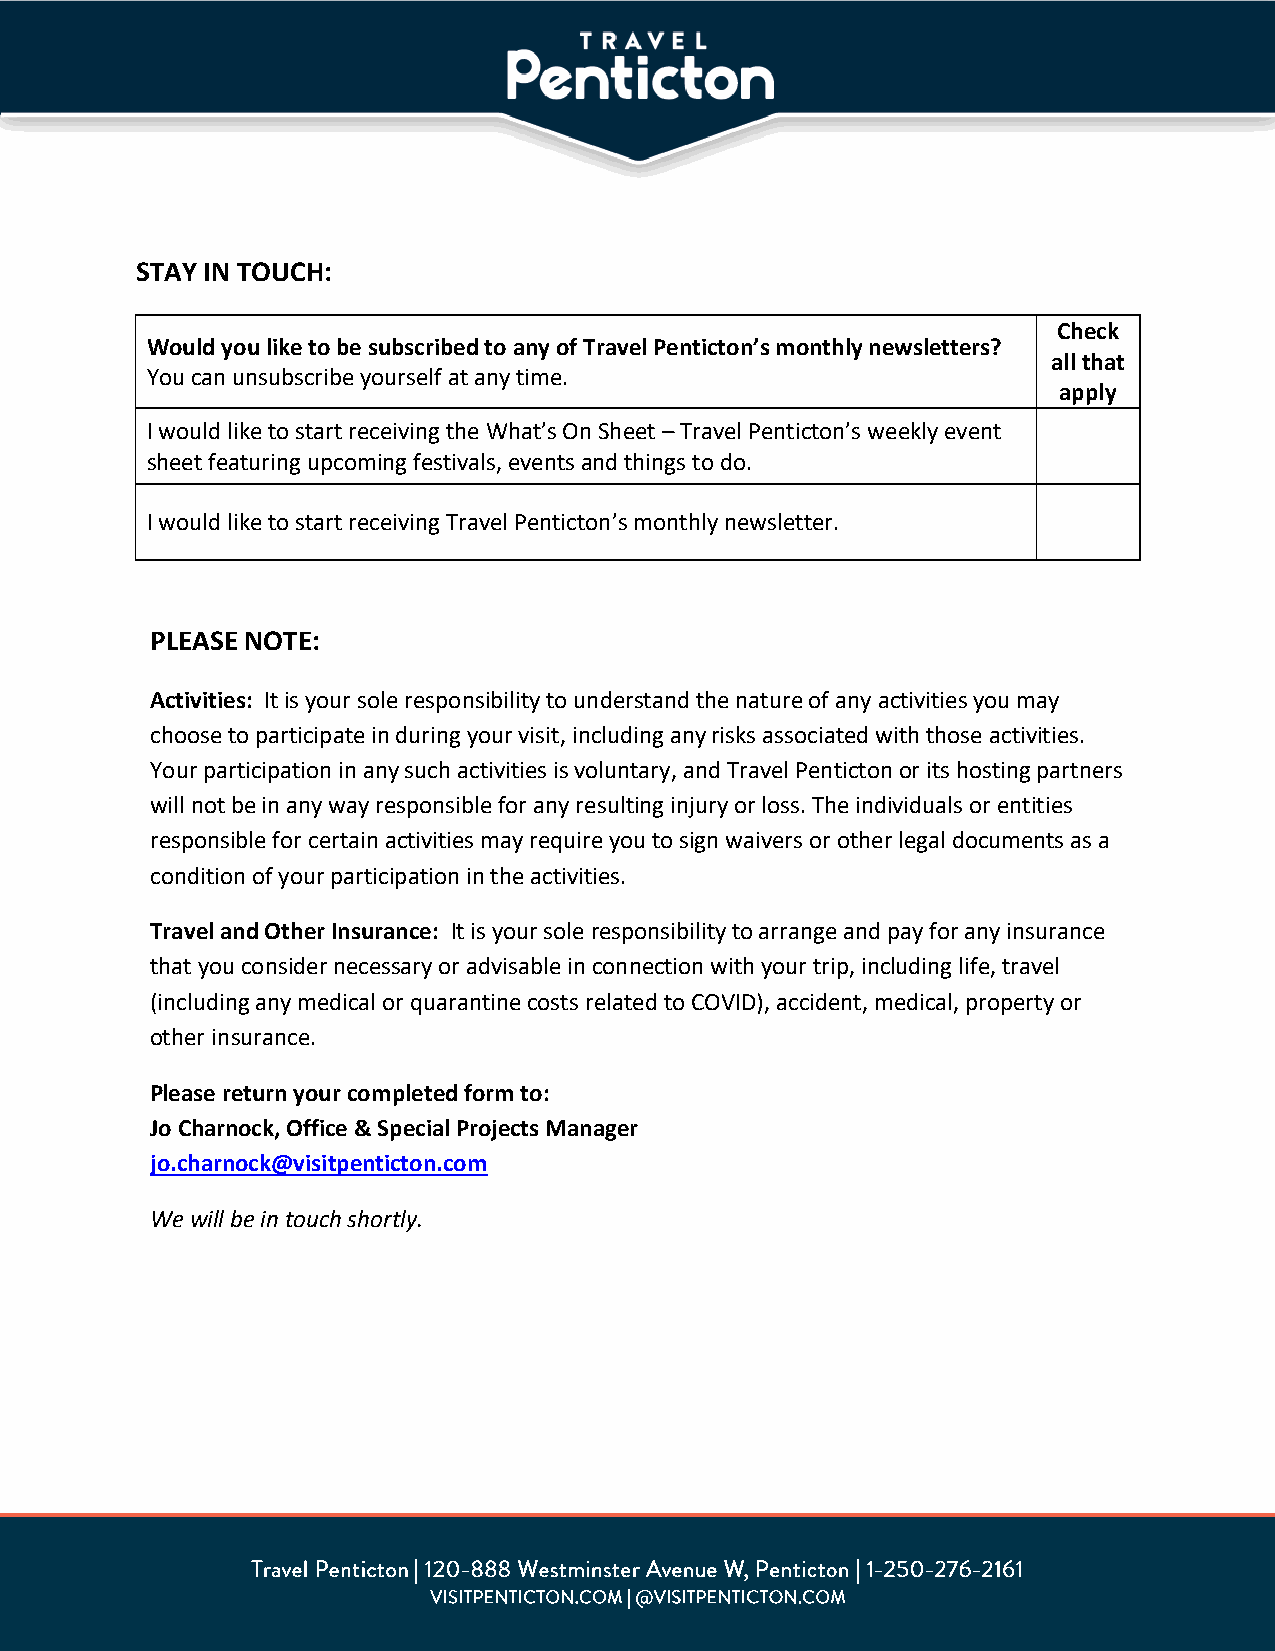
STAY IN TOUCH:
 Check
 Would you like to be subscribed to any of Travel Penticton’s monthly newsletters?
 all that
 You can unsubscribe yourself at any time.
 apply
 I would like to start receiving the What’s On Sheet – Travel Penticton’s weekly event
 sheet featuring upcoming festivals, events and things to do.
 I would like to start receiving Travel Penticton’s monthly newsletter.
 PLEASE NOTE:
 Activities: It is your sole responsibility to understand the nature of any activities you may
 choose to participate in during your visit, including any risks associated with those activities.
 Your participation in any such activities is voluntary, and Travel Penticton or its hosting partners
 will not be in any way responsible for any resulting injury or loss. The individuals or entities
 responsible for certain activities may require you to sign waivers or other legal documents as a
 condition of your participation in the activities.
 Travel and Other Insurance: It is your sole responsibility to arrange and pay for any insurance
 that you consider necessary or advisable in connection with your trip, including life, travel
 (including any medical or quarantine costs related to COVID), accident, medical, property or
 other insurance.
 Please return your completed form to:
 Jo Charnock, Office & Special Projects Manager
 jo.charnock@visitpenticton.com
 We will be in touch shortly.